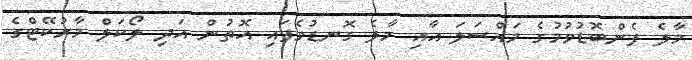
މާލެ ފެންބޮޑުވުމުގެ މައްސަލަ އާއި މާލެ ގޮނޑުވެފައި އޮތުން އަދި ލޯކަލް މާރުކޭޓްގެ